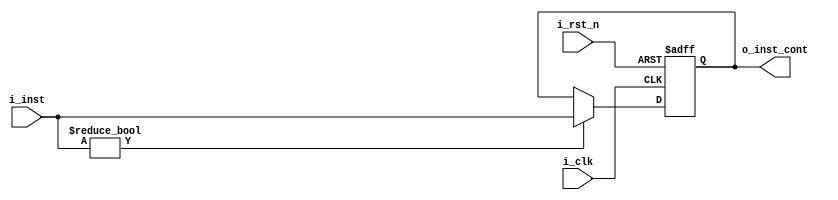
module inst_cont #(
	parameter ADDR_W = 64,
	parameter INST_W = 32,
	parameter DATA_W = 64
)(
    input               i_clk,
    input               i_rst_n,
    input  [INST_W-1:0] i_inst,
    output [INST_W-1:0] o_inst_cont
);

    reg [INST_W-1:0] o_inst_cont_r, o_inst_cont_w;

    assign o_inst_cont = o_inst_cont_r;

    always @(*) begin
        if (i_inst) begin
            o_inst_cont_w = i_inst;
        end else begin
            o_inst_cont_w = o_inst_cont_r;
        end
    end


    always @(posedge i_clk or negedge i_rst_n) begin
        if (~i_rst_n) begin
            o_inst_cont_r <= 0;
        end else begin
            o_inst_cont_r <= o_inst_cont_w;
        end
    end



endmodule